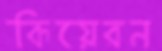
কিয়েরন